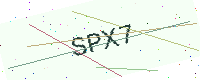
Text: SPX7